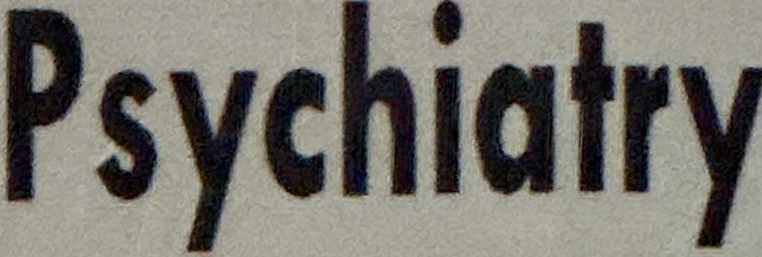
Psychiatry